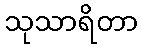
သုသာရိတာ